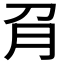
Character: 𰴟